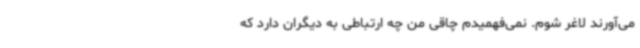
می‌آورند لاغر شوم. نمی‌فهمیدم چاقی من چه ارتباطی به دیگران دارد که